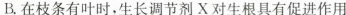
B.在枝条有叶时，生长调节剂X对生根具有促进作用